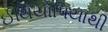
ઈથિયોપિયાથી